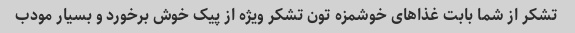
تشکر از شما بابت غذاهای خوشمزه تون تشکر ویژه از پیک خوش برخورد و بسیار مودب